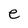
Character: e